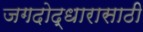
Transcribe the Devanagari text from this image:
जगदोद्धारासाठी